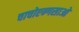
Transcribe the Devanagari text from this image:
चाचोएन्गसाओ